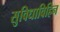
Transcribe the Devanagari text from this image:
सुविधाविहिन